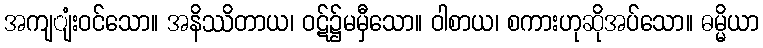
အကျျံးဝင်သော။ အနိဿိတာယ၊ ဝဋ်၌မမှီသော။ ဝါစာယ၊ စကားဟုဆိုအပ်သော။ ဓမ္မိယာ